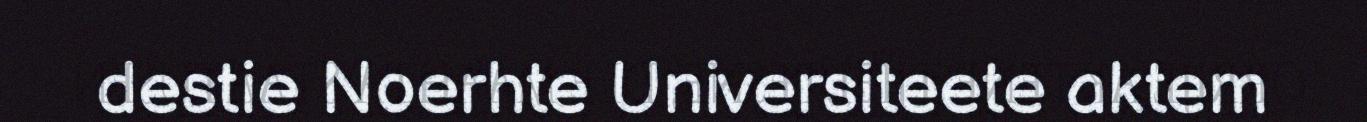
destie Noerhte Universiteete aktem